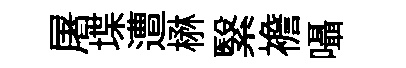
屠堞遭楙繄襜囁